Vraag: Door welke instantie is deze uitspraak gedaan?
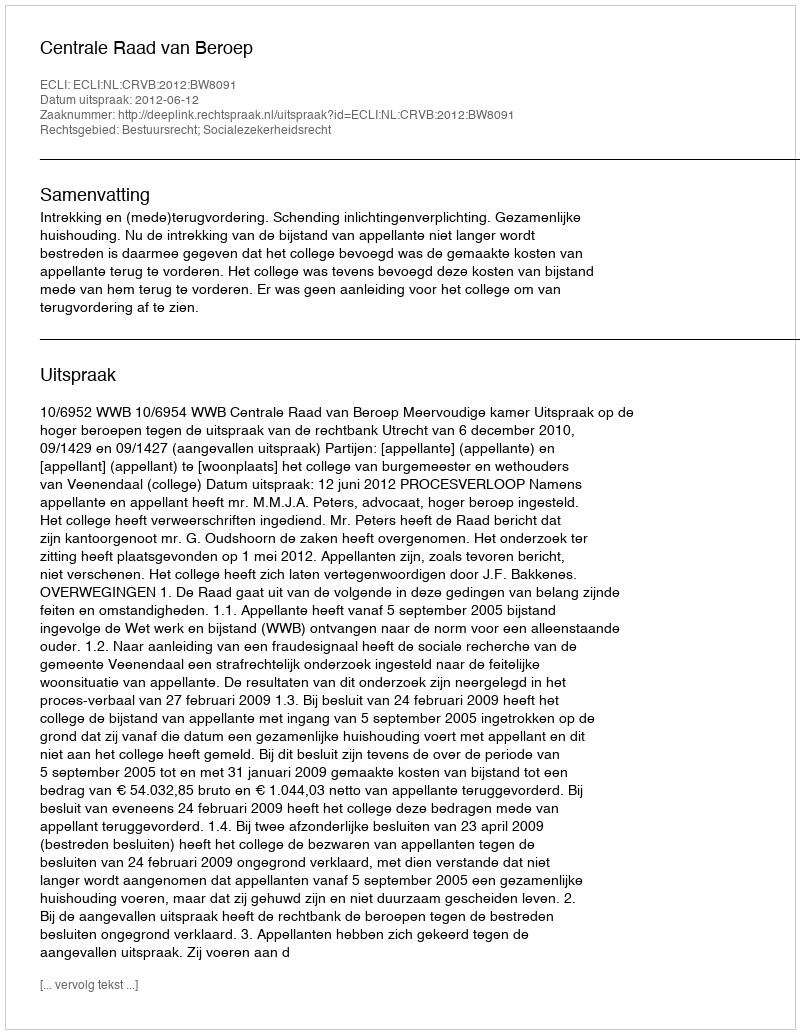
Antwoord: Centrale Raad van Beroep